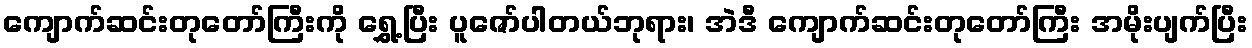
ကျောက်ဆင်းတုတော်ကြီးကို ရွှေ့ပြီး ပူဇော်ပါတယ်ဘုရား၊ အဲဒီ ကျောက်ဆင်းတုတော်ကြီး အမိုးပျက်ပြီး